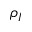
\rho _ { I }